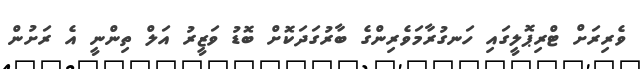
ވެރިރަށް ޓްރިޕޮލީގައި ހަނގުރާމަވެރިންގެ ބާރުގަދަކޮށް ބޮޑު ވަޒީރު އަލް ތިންނީ އެ ރަށުން